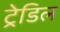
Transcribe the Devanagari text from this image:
ट्रेडिल